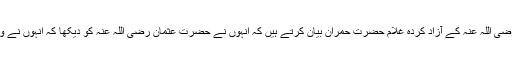
''حضرت عثمان بن عفان رضی اللہ عنہ کے آزاد کردہ غلام حضرت حمران بیان کرتے ہیں کہ اُنہوں نے حضرت عثمان رضی اللہ عنہ کو دیکھا کہ اُنہوں نے وضو کے لیے پانی منگوایا۔